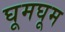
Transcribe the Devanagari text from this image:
घूमघूम